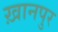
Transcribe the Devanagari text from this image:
ख़ानपुर